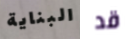
البناية قد